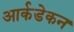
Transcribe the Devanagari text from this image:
आर्कडेकन